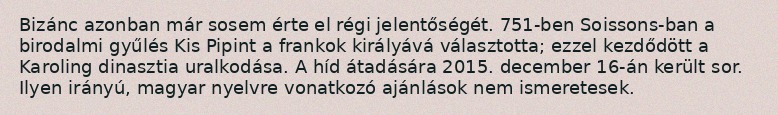
Bizánc azonban már sosem érte el régi jelentőségét. 751-ben Soissons-ban a birodalmi gyűlés Kis Pipint a frankok királyává választotta; ezzel kezdődött a Karoling dinasztia uralkodása. A híd átadására 2015. december 16-án került sor. Ilyen irányú, magyar nyelvre vonatkozó ajánlások nem ismeretesek.